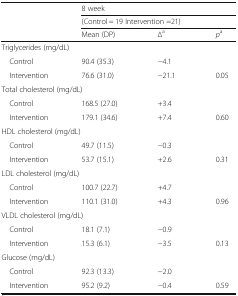
<table><thead><tr><td rowspan="3"></td><td colspan="3"><b>8 week</b></td></tr><tr><td colspan="3"><b>(Control = 19 Intervention =21)</b></td></tr><tr><td><b>Mean (DP)</b></td><td><b>∆<sup>a</sup></b></td><td><b><i>p</i><sup>a</sup></b></td></tr></thead><tbody><tr><td colspan="4">Triglycerides (mg/dL)</td></tr><tr><td> Control</td><td>90.4 (35.3)</td><td>−4.1</td><td></td></tr><tr><td> Intervention</td><td>76.6 (31.0)</td><td>−21.1</td><td>0.05</td></tr><tr><td colspan="4">Total cholesterol (mg/dL)</td></tr><tr><td> Control</td><td>168.5 (27.0)</td><td>+3.4</td><td></td></tr><tr><td> Intervention</td><td>179.1 (34.6)</td><td>+7.4</td><td>0.60</td></tr><tr><td colspan="4">HDL cholesterol (mg/dL)</td></tr><tr><td> Control</td><td>49.7 (11.5)</td><td>−0.3</td><td></td></tr><tr><td> Intervention</td><td>53.7 (15.1)</td><td>+2.6</td><td>0.31</td></tr><tr><td colspan="4">LDL cholesterol (mg/dL)</td></tr><tr><td> Control</td><td>100.7 (22.7)</td><td>+4.7</td><td></td></tr><tr><td> Intervention</td><td>110.1 (31.0)</td><td>+4.3</td><td>0.96</td></tr><tr><td colspan="4">VLDL cholesterol (mg/dL)</td></tr><tr><td> Control</td><td>18.1 (7.1)</td><td>−0.9</td><td></td></tr><tr><td> Intervention</td><td>15.3 (6.1)</td><td>−3.5</td><td>0.13</td></tr><tr><td colspan="4">Glucose (mg/dL)</td></tr><tr><td> Control</td><td>92.3 (13.3)</td><td>−2.0</td><td></td></tr><tr><td> Intervention</td><td>95.2 (9.2)</td><td>−0.4</td><td>0.59</td></tr></tbody></table>